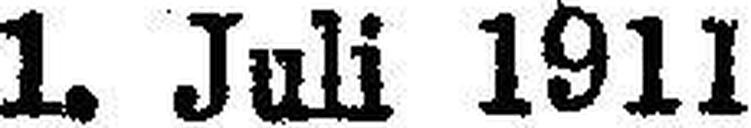
1. Juli 1911